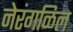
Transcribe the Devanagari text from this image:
नेरंगळिल